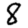
Digit: 8